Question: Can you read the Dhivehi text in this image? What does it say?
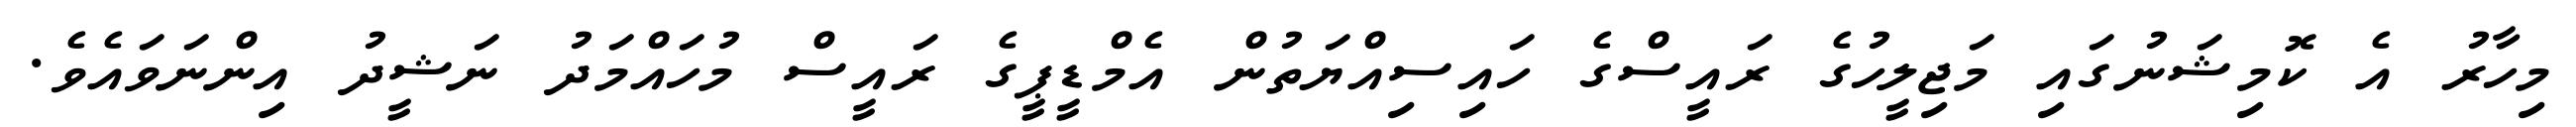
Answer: މިހާރު އެ ކޮމިޝަނުގައި މަޖިލީހުގެ ރައީސްގެ ހައިސިއްޔަތުން އެމްޑީޕީގެ ރައީސް މުހައްމަދު ނަޝީދު އިންނަވައެވެ.